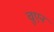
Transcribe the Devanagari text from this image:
चुएन